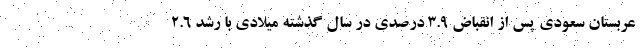
عربستان سعودی پس از انقباض ۳.۹ درصدی در سال گذشته میلادی با رشد ۲.۶